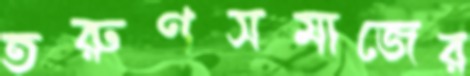
তরুণসমাজের